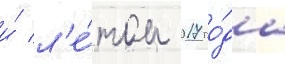
и́ л'е́том 2017 го́да